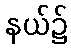
နယ်၌